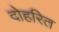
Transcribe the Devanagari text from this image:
दोहरित